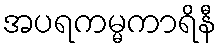
အပရကမ္မကာရိနီ